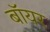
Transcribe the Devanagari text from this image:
बॉयर